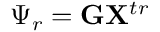
\boldsymbol { \Psi } _ { r } = \mathbf { G } \mathbf { X } ^ { t r }